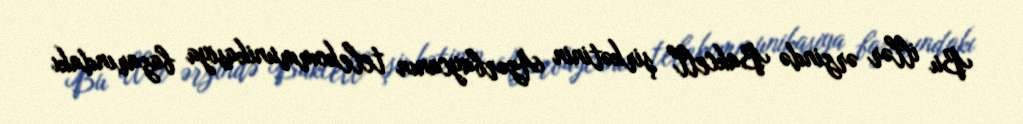
Bu illər ərzində Bakcell şirkətinin Azərbaycanın telekommunikasiya bazarındakı